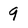
Character: 9